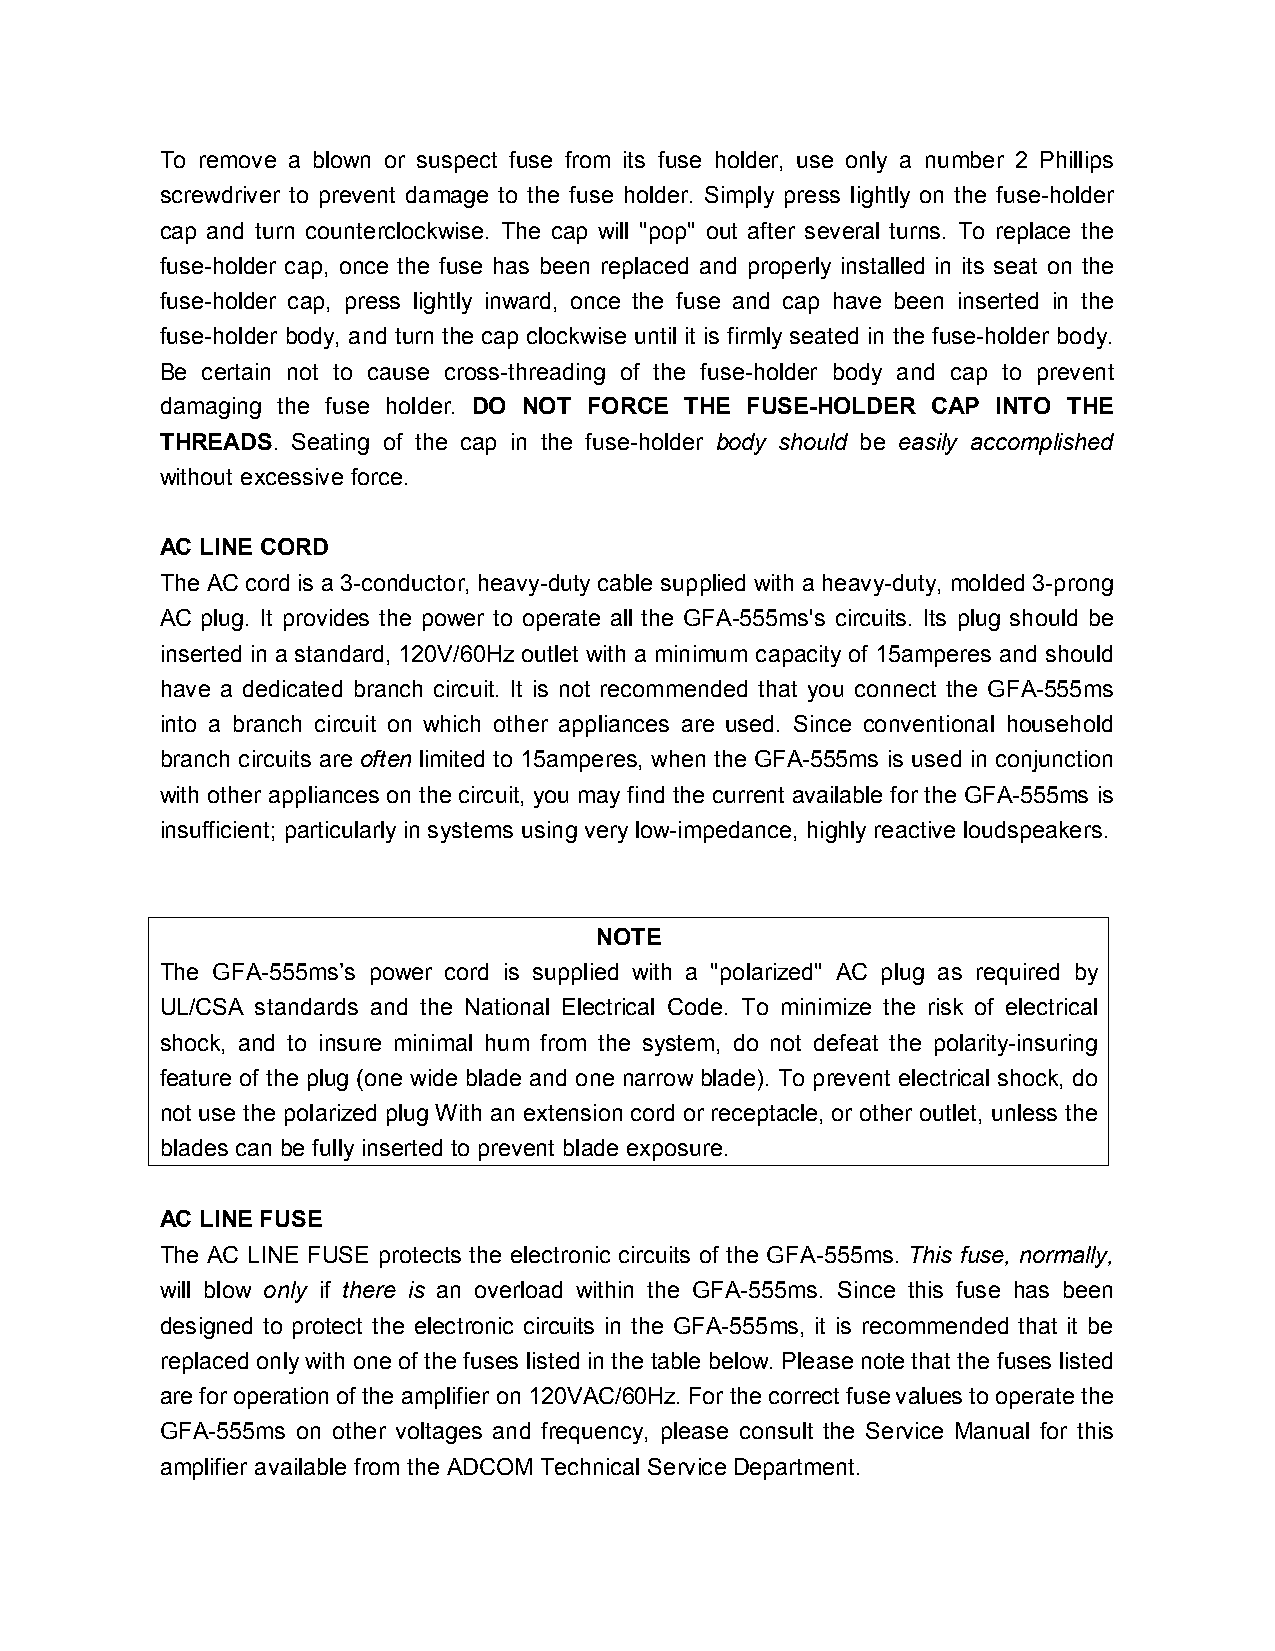
To remove a blown or suspect fuse from its fuse holder, use only a number 2 Phillips
 screwdriver to prevent damage to the fuse holder. Simply press lightly on the fuse-holder
 cap and turn counterclockwise. The cap will "pop" out after several turns. To replace the
 fuse-holder cap, once the fuse has been replaced and properly installed in its seat on the
 fuse-holder cap, press lightly inward, once the fuse and cap have been inserted in the
 fuse-holder body, and turn the cap clockwise until it is firmly seated in the fuse-holder body.
 Be certain not to cause cross-threading of the fuse-holder body and cap to prevent
 damaging the fuse holder. DO NOT FORCE THE FUSE-HOLDER CAP INTO THE
 THREADS. Seating of the cap in the fuse-holder body should be easily accomplished
 without excessive force.
 AC LINE CORD
 The AC cord is a 3-conductor, heavy-duty cable supplied with a heavy-duty, molded 3-prong
 AC plug. It provides the power to operate all the GFA-555ms's circuits. Its plug should be
 inserted in a standard, 120V/60Hz outlet with a minimum capacity of 15amperes and should
 have a dedicated branch circuit. It is not recommended that you connect the GFA-555ms
 into a branch circuit on which other appliances are used. Since conventional household
 branch circuits are often limited to 15amperes, when the GFA-555ms is used in conjunction
 with other appliances on the circuit, you may find the current available for the GFA-555ms is
 insufficient; particularly in systems using very low-impedance, highly reactive loudspeakers.
 NOTE
 The GFA-555ms’s power cord is supplied with a "polarized" AC plug as required by
 UL/CSA standards and the National Electrical Code. To minimize the risk of electrical
 shock, and to insure minimal hum from the system, do not defeat the polarity-insuring
 feature of the plug (one wide blade and one narrow blade). To prevent electrical shock, do
 not use the polarized plug With an extension cord or receptacle, or other outlet, unless the
 blades can be fully inserted to prevent blade exposure.
 AC LINE FUSE
 The AC LINE FUSE protects the electronic circuits of the GFA-555ms. This fuse, normally,
 will blow only if there is an overload within the GFA-555ms. Since this fuse has been
 designed to protect the electronic circuits in the GFA-555ms, it is recommended that it be
 replaced only with one of the fuses listed in the table below. Please note that the fuses listed
 are for operation of the amplifier on 120VAC/60Hz. For the correct fuse values to operate the
 GFA-555ms on other voltages and frequency, please consult the Service Manual for this
 amplifier available from the ADCOM Technical Service Department.